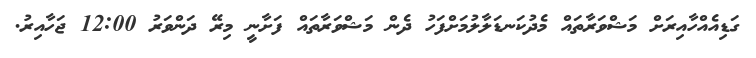
ގަޑިއެއްހާއިރަށް މަޝްވަރާތައް މެދުކަނޑަލާލުމަށްފަހު ދެން މަޝްވަރާތައް ފަށާނީ މިރޭ ދަންވަރު 12:00 ޖަހާއިރު.